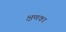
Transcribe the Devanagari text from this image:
क्षणका